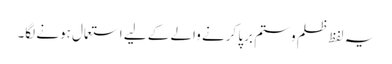
یہ لفظ ظلم و ستم برپا کرنے والے کے لیے استعمال ہونے لگا۔